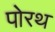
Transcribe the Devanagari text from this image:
पोरथ